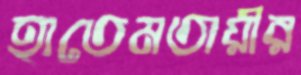
হাতেমতায়ীর